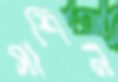
সাশিন